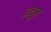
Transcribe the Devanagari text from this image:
जवून